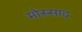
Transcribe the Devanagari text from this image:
मोस्साद